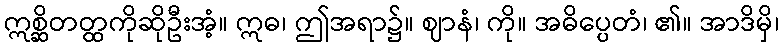
ဣစ္ဆိတတ္ထကိုဆိုဦးအံ့။ ဣဓ၊ ဤအရာ၌။ ဈာနံ၊ ကို။ အဓိပ္ပေတံ၊ ၏။ အာဒိမှိ၊